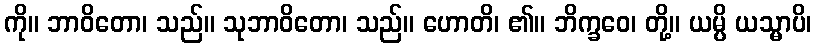
ကို။ ဘာဝိတော၊ သည်။ သုဘာဝိတော၊ သည်။ ဟောတိ၊ ၏။ ဘိက္ခဝေ၊ တို့။ ယမ္ပိ ယသ္မာပိ၊